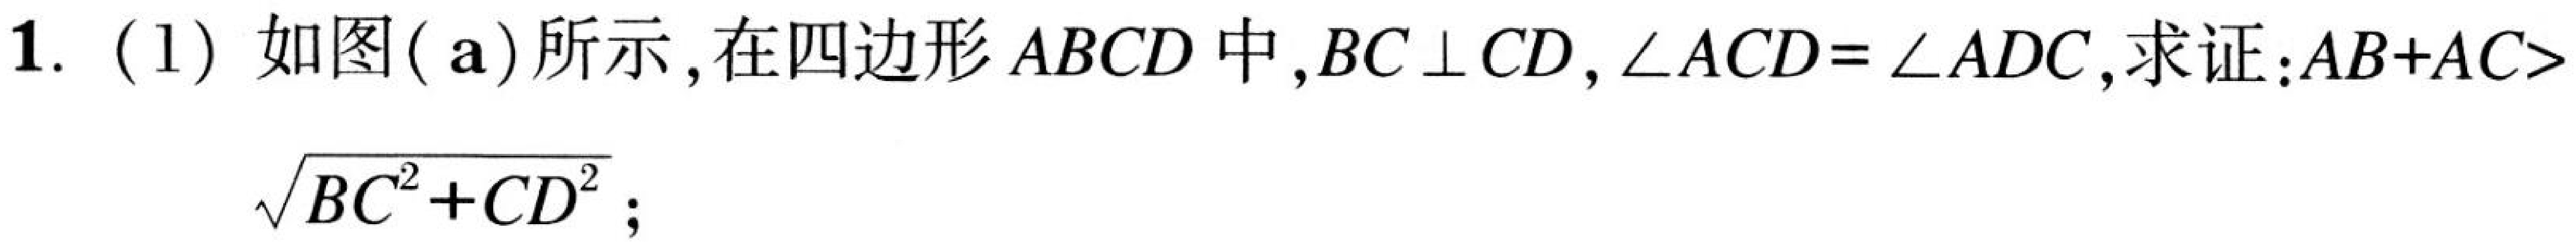
1. (1) 如图(a)所示，在四边形\(ABCD\)中，\(BC\perp CD\)，\(\angle ACD = \angle ADC\)，求证：\(AB + AC> \sqrt{BC^{2}+CD^{2}}\)；